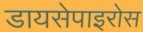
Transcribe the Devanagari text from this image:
डायसेपाइरोस